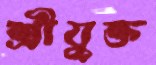
শ্রীযুক্ত